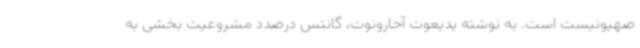
صهیونیست است. به نوشته یدیعوت آحارونوت، گانتس درصدد مشروعیت بخشی به